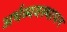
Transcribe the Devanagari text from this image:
अर्थव्यवस्थापन